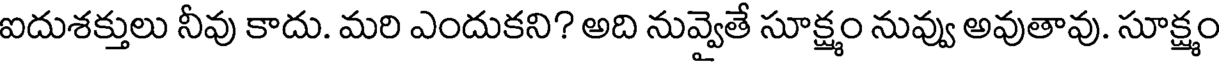
ఐదుశక్తులు నీవు కాదు. మరి ఎందుకని? అది నువ్వైతే సూక్ష్మం నువ్వు అవుతావు. సూక్ష్మం